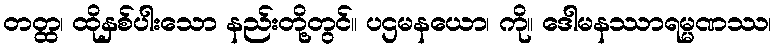
တတ္ထ၊ ထိုနှစ်ပါးသော နည်းတို့တွင်။ ပဌမနယော၊ ကို။ ဒေါမနဿာရမ္မဏဿ၊